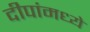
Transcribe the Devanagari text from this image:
दीपांमध्ये